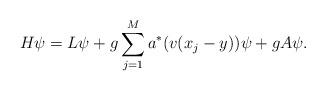
LaTeX: \begin{align*} H\psi = L\psi + g\sum_{j=1}^M a^*(v(x_j-y))\psi + gA\psi. \end{align*}